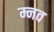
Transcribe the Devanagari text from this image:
म्नव